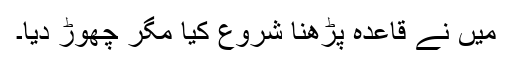
میں نے قاعدہ پڑھنا شروع کیا مگر چھوڑ دیا۔